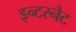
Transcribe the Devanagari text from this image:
इन्टरनैट